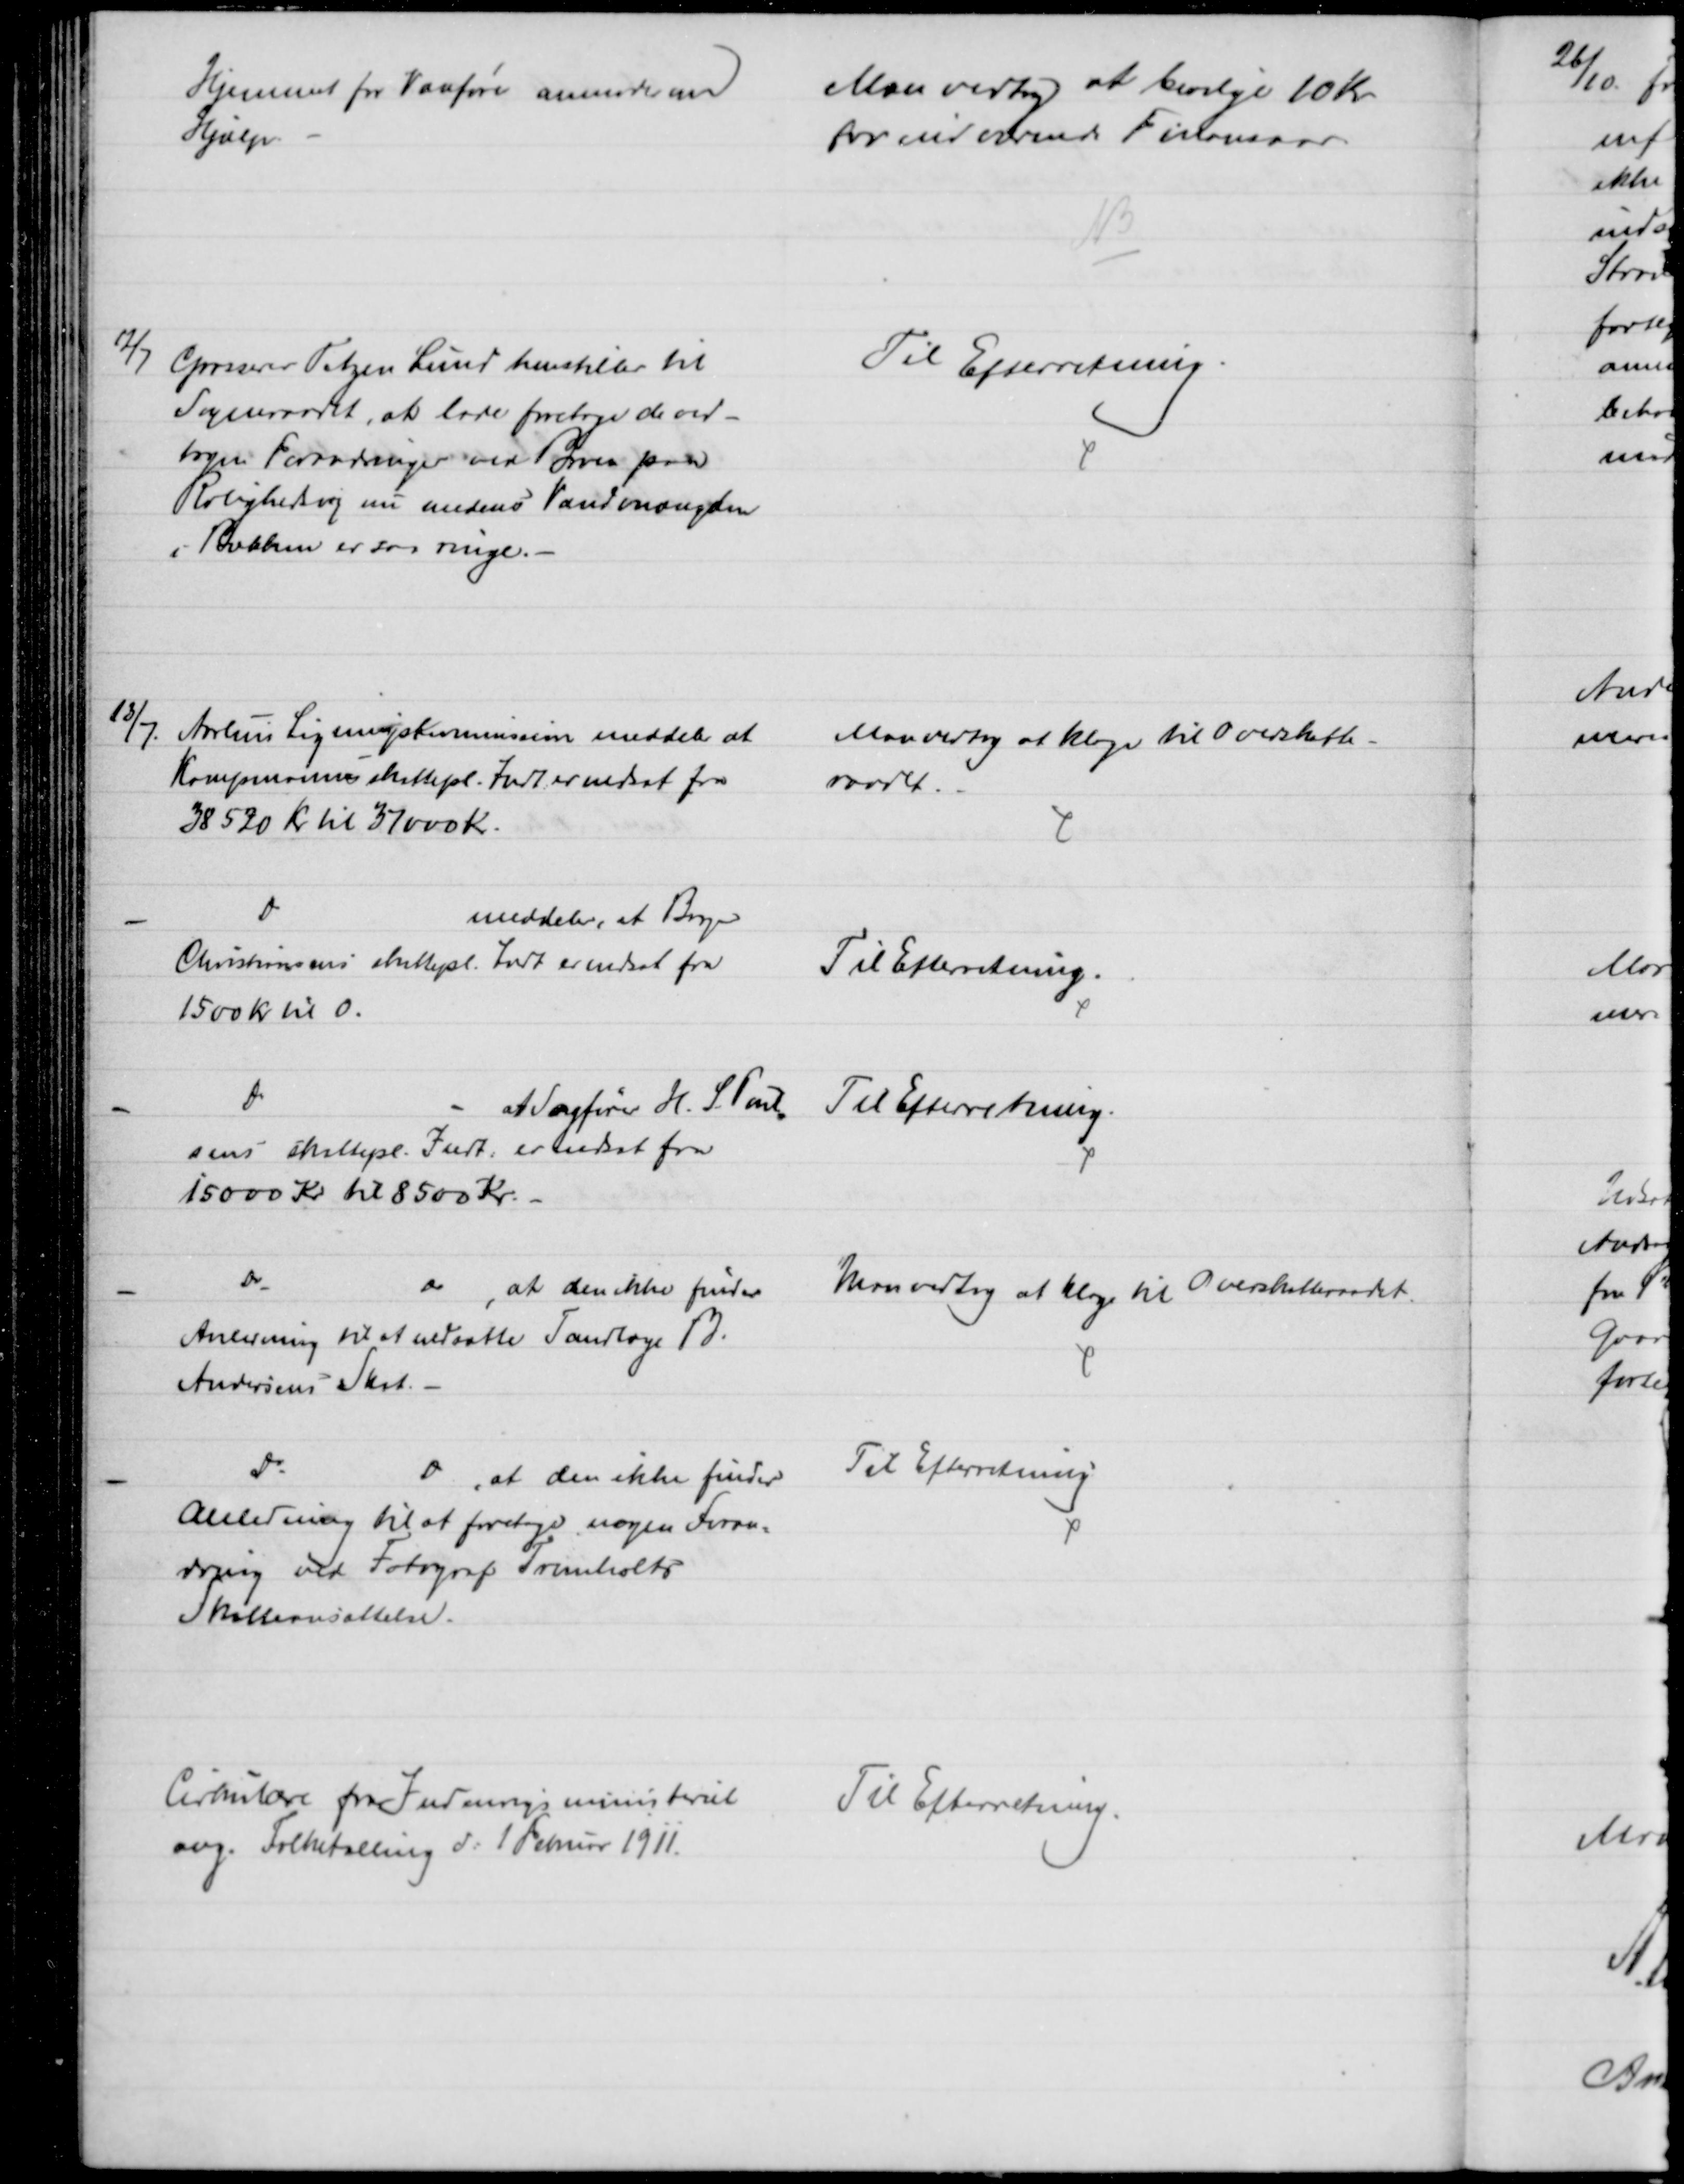
Transskription:
Hjemmet for Vanføre anmoder om
Hjælp
Man vedtog at bevilge 10 Kr
for indeværende Finansaar.
NB
12/7
Grosserer Tetzen Lund henstiller til
Sogneraadet, at lade foretage de ved-
tagne Forandringer ved Broen paa
Rolighedsvej nu medens Vandmængden
i Bækken er saa ringe.
Til Efterretning.
13/7.
Aarhus Ligningskommission meddeler at
Kampmanns skattepl. Indt er nedsat fra
38520 Kr til 37000 Kr.
Man vedtog at klage til Overskatte-
raadet.
Do
meddeler, at Bager
Christiansens skattepl. Indt er nedsat fra
1500 Kr til 0.
Til Efterretning.
Do
at Sagfører H. S. Poul
=
sens skattepl. Indt. er nedsat fra
15000 Kr til 8500 Kr.
Til Efterretning.
Do
Do, at den ikke finder
Anledning til at nedsætte Tandlæge B.
Andersens Skat.
Man vedtog at klage til Overskatteraadet.
Do
D, at den ikke finder
Anledning til at foretage nogen Foran-
dring ved Fotograf Tromholts
Skatteansættelse.
Til Efterretning
Cirkulære fra Indenrigsministeriet
ang. Folketælling d: 1 Februar 1911.
Til Efterretning.